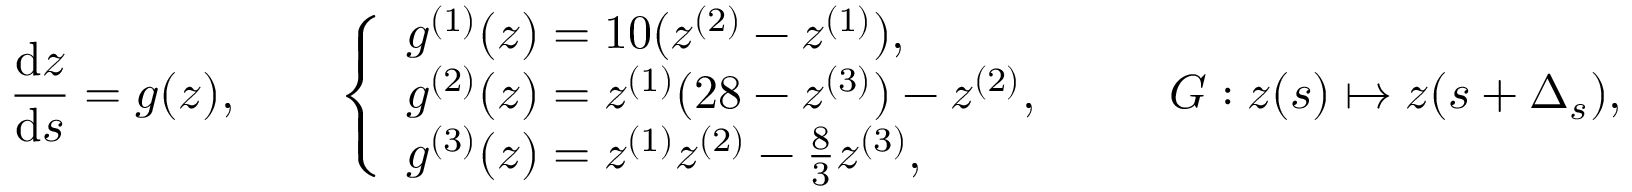
\frac { \mathrm { d } z } { \mathrm { d } s } = g ( z ) , \quad \quad \left\{ \begin{array} { l l } { g ^ { ( 1 ) } ( z ) = 1 0 ( z ^ { ( 2 ) } - z ^ { ( 1 ) } ) , } \\ { g ^ { ( 2 ) } ( z ) = z ^ { ( 1 ) } ( 2 8 - z ^ { ( 3 ) } ) - z ^ { ( 2 ) } , } \\ { g ^ { ( 3 ) } ( z ) = z ^ { ( 1 ) } z ^ { ( 2 ) } - \frac { 8 } { 3 } z ^ { ( 3 ) } , } \end{array} \right. \quad \quad G : z ( s ) \mapsto z ( s + \Delta _ { s } ) ,